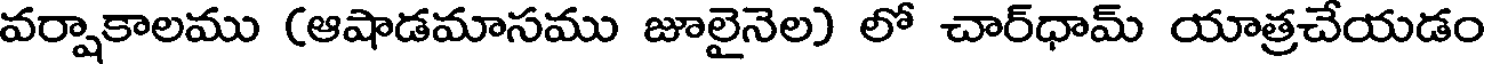
వర్షాకాలము (ఆషాడమాసము జూలైనెల) లో చార్ధామ్ యాత్రచేయడం